Scottish Certificate of Education, 1962
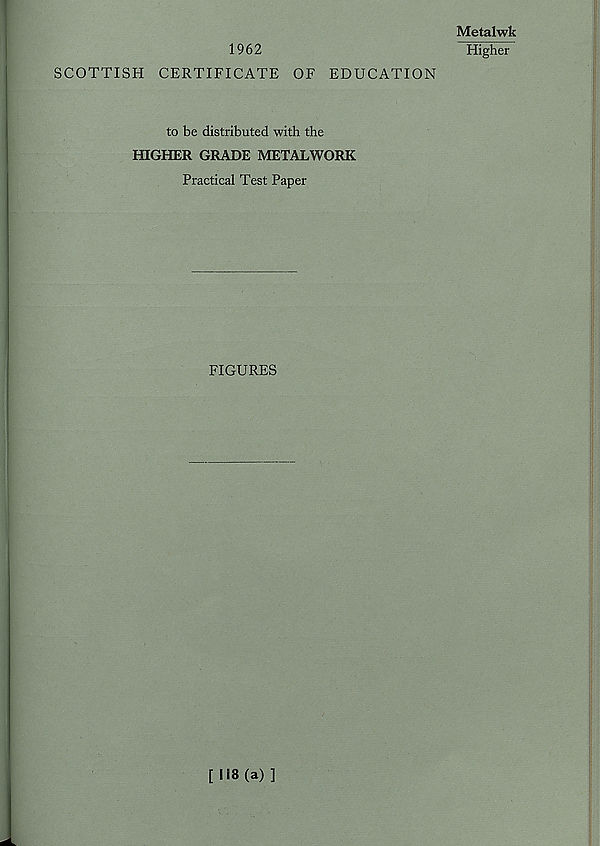
1962
SCOTTISH CERTIFICATE OF EDUCATION
to be distributed with the
HIGHER GRADE METALWORK
Practical Test Paper
FIGURES
Metalwk
Higher
[118(a)]